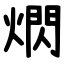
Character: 熌